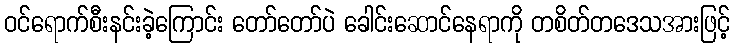
ဝင်ရောက်စီးနင်းခဲ့ကြောင်း တော်တော်ပဲ ခေါင်းဆောင်နေရာကို တစိတ်တဒေသအားဖြင့်